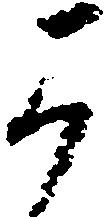
可